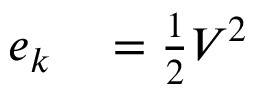
\begin{array} { r l } { e _ { k } } & { { } = { \frac { 1 } { 2 } } V ^ { 2 } } \end{array}